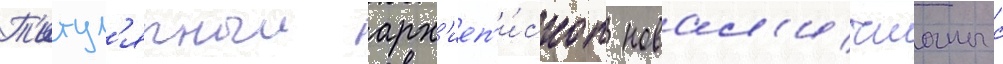
Т'итул'ярныи арх'иеп'и́скоп новал'ичианы с